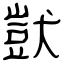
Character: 獃